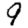
Digit: 9